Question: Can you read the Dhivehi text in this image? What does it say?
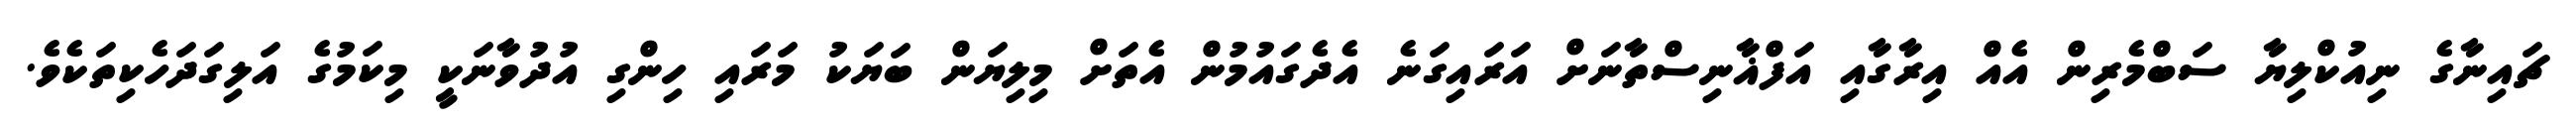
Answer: ޗައިނާގެ ނިއުކްލިޔާ ސަބްމެރިން އެއް އިރާގާއި އަފްޣާނިސްތާނަށް އަރައިގަނެ އެދެގައުމުން އެތަށް މިލިޔަން ބަޔަކު މަރައި ހިންގި އުދުވާނަކީ މިކަމުގެ އަލިގަދަހެކިތަކެވެ.